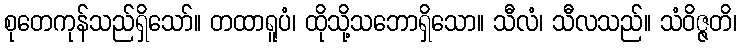
စုတေကုန်သည်ရှိသော်။ တထာရူပံ၊ ထိုသို့သဘောရှိသော။ သီလံ၊ သီလသည်။ သံဝိဇ္ဇတိ၊